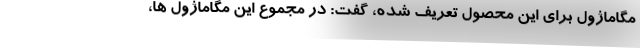
مگاماژول برای این محصول تعریف شده، گفت: در مجموع این مگاماژول ها،